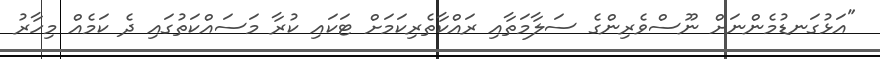
"އަޅުގަނޑުމެންނަށް ނޫސްވެރިންގެ ސަލާމަތާއި ރައްކާތެރިކަމަށް ޓަކައި ކުރާ މަސައްކަތުގައި ދެ ކަމެއް މިހާރު